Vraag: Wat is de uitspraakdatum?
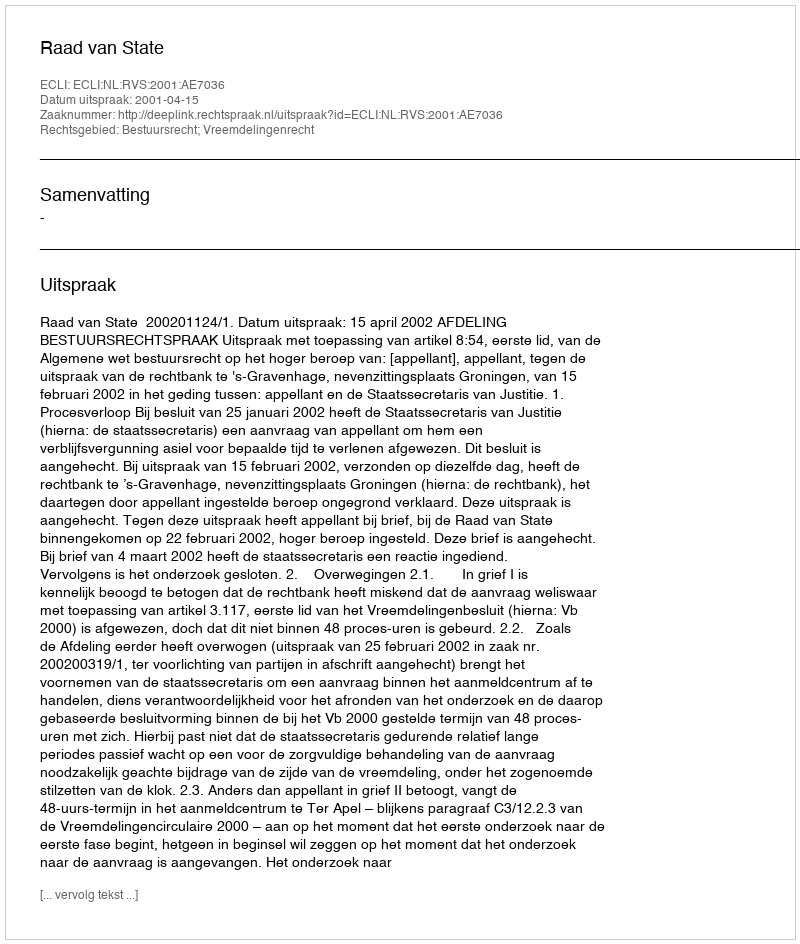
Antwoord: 2001-04-15